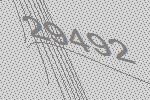
29492